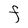
Character: F